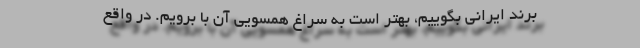
برند ایرانی بگوییم، بهتر است به سراغ همسویی آن با برویم. در واقع